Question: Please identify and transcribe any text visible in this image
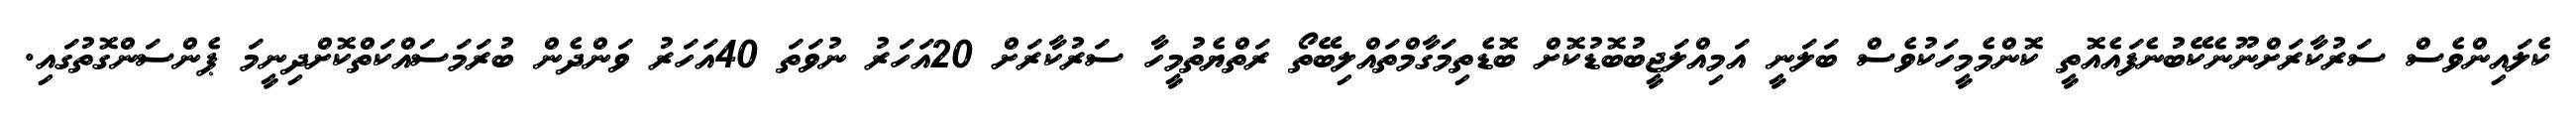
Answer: ކެލައިންވެސް ސަރުކާރަށްނޫނެކޭބުނެފައެއޮތީ ކޮންމެމީހަކުވެސް ބަލަނީ އަމިއްލަޖީބުބޮޑުކޮށް ބޮޑެތިމަގާމްތައްލިބޭތޯ ރަތްޔެތުމީހާ ސަރުކާރަށް 20އަހަރު ނުވަތަ 40އަހަރު ވަންދެން ބުރަމަސައްކަތްކޮށްދިނީމަ ޕެންސަންގޮތުގައި.